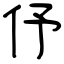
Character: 伃